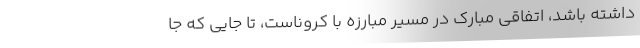
داشته باشد، اتفاقی مبارک در مسیر مبارزه با کروناست، تا جایی که جا